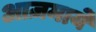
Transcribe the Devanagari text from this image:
आज़माये